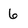
Character: 6